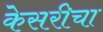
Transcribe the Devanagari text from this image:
केसरीचा